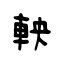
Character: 軮